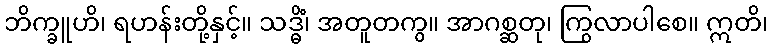
ဘိက္ခူဟိ၊ ရဟန်းတို့နှင့်။ သဒ္ဓိံ၊ အတူတကွ။ အာဂစ္ဆတု၊ ကြွလာပါစေ။ ဣတိ၊